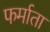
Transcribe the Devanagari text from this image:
फर्माता